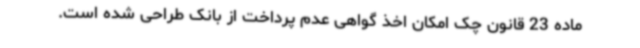
ماده 23 قانون چک امکان اخذ گواهی عدم پرداخت از بانک طراحی شده است.